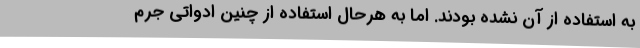
به استفاده از آن نشده بودند. اما به هرحال استفاده از چنین ادواتی جرم